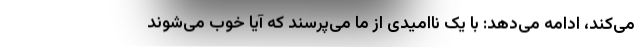
می‌کند، ادامه می‌دهد: با یک ناامیدی از ما می‌پرسند که آیا خوب می‌شوند